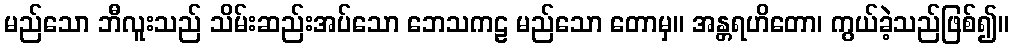
မည်သော ဘီလူးသည် သိမ်းဆည်းအပ်သော ဘေသကဠ မည်သော တောမှ။ အန္တရဟိတော၊ ကွယ်ခဲ့သည်ဖြစ်၍။